Indian journal of veterinary science and animal husbandry - Volumes 15-17, 1948-1951
Year: 1948
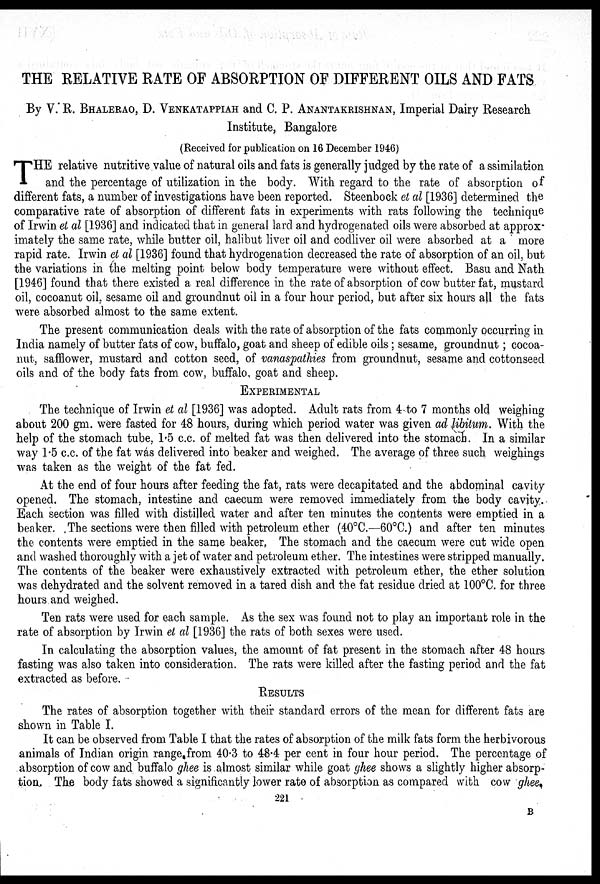
THE RELATIVE RATE OF ABSORPTION OF DIFFERENT OILS AND FATS
By V. R. BHALERAO, D. VENKATAPPIAH and C. P. ANANTAKRISHNAN, Imperial Dairy Research
Institute, Bangalore
(Received for publication on 16 December 1946)
T HE relative nutritive value of natural oils and fats is generally judged by the rate of a ssimilation
and the percentage of utilization in the body. With regard to the rate of absorption of
different fats, a number of investigations have been reported. Steenbock et al [1936] determined the
comparative rate of absorption of different fats in experiments with rats following the technique
of Irwin et al [1936] and indicated that in general lard and hydrogenated oils were absorbed at approx-
imately the same rate, while butter oil, halibut liver oil and codliver oil were absorbed at a more
rapid rate. Irwin et al [1936] found that hydrogenation decreased the rate of absorption of an oil, but
the variations in the melting point below body temperature were without effect. Basu and Nath
[1946] found that there existed a real difference in the rate of absorption of cow butter fat, mustard
oil, cocoanut oil, sesame oil and groundnut oil in a four hour period, but after six hours all the fats
were absorbed almost to the same extent.
The present communication deals with the rate of absorption of the fats commonly occurring in
India namely of butter fats of cow, buffalo, goat and sheep of edible oils ; sesame, groundnut ; cocoa-
nut, safflower, mustard and cotton seed, of vanaspathies from groundnut, sesame and cottonseed
oils and of the body fats from cow, buffalo, goat and sheep.
EXPERIMENTAL
The technique of Irwin et al [1936] was adopted. Adult rats from 4 to 7 months old weighing
about 200 gm. were fasted for 48 hours, during which period water was given ad libitum. With the
help of the stomach tube, 1.5 c.c. of melted fat was then delivered into the stomach. In a similar
way 1.5 c.c. of the fat was delivered into beaker and weighed. The average of three such weighings
was taken as the weight of the fat fed.
At the end of four hours after feeding the fat, rats were decapitated and the abdominal cavity
opened. The stomach, intestine and caecum were removed immediately from the body cavity.
Each section was filled with distilled water and after ten minutes the contents were emptied in a
beaker. The sections were then filled with petroleum ether (40°C.—60°C.) and after ten minutes
the contents were emptied in the same beaker, The stomach and the caecum were cut wide open
and washed thoroughly with a jet of water and petroleum ether. The intestines were stripped manually.
The contents of the beaker were exhaustively extracted with petroleum ether, the ether solution
was dehydrated and the solvent removed in a tared dish and the fat residue dried at 100°C. for three
hours and weighed.
Ten rats were used for each sample. As the sex was found not to play an important role in the
rate of absorption by Irwin et al [1936] the rats of both sexes were used.
In calculating the absorption values, the amount of fat present in the stomach after 48 hours
fasting was also taken into consideration. The rats were killed after the fasting period and the fat
extracted as before.
RESULTS
The rates of absorption together with their standard errors of the mean for different fats are
shown in Table I.
It can be observed from Table I that the rates of absorption of the milk fats form the herbivorous
animals of Indian origin range from 40.3 to 48.4 per cent in four hour period. The percentage of
absorption of cow and buffalo ghee is almost similar while goat ghee shows a slightly higher absorp-
tion. The body fats showed a significantly lower rate of absorption as compared with cow ghee.
221
B